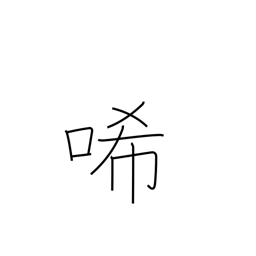
Meaning: grieve